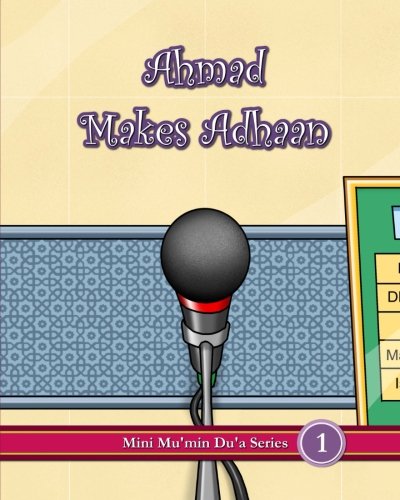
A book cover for Ahmad Makes Adhaan (Mini Mu'min Du'a Series); Mini Mu'min Publications; Religion & Spirituality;